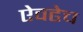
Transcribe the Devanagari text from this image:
ऐवढेच